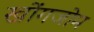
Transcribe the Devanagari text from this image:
खोंगजोम